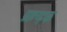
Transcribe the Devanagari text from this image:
प्रात्य्ह्रक